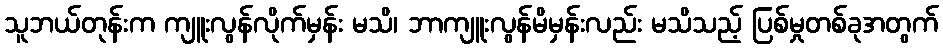
သူဘယ်တုန်းက ကျူးလွန်လိုက်မှန်း မသိ၊ ဘာကျူးလွန်မိမှန်းလည်း မသိသည့် ပြစ်မှုတစ်ခုအတွက်